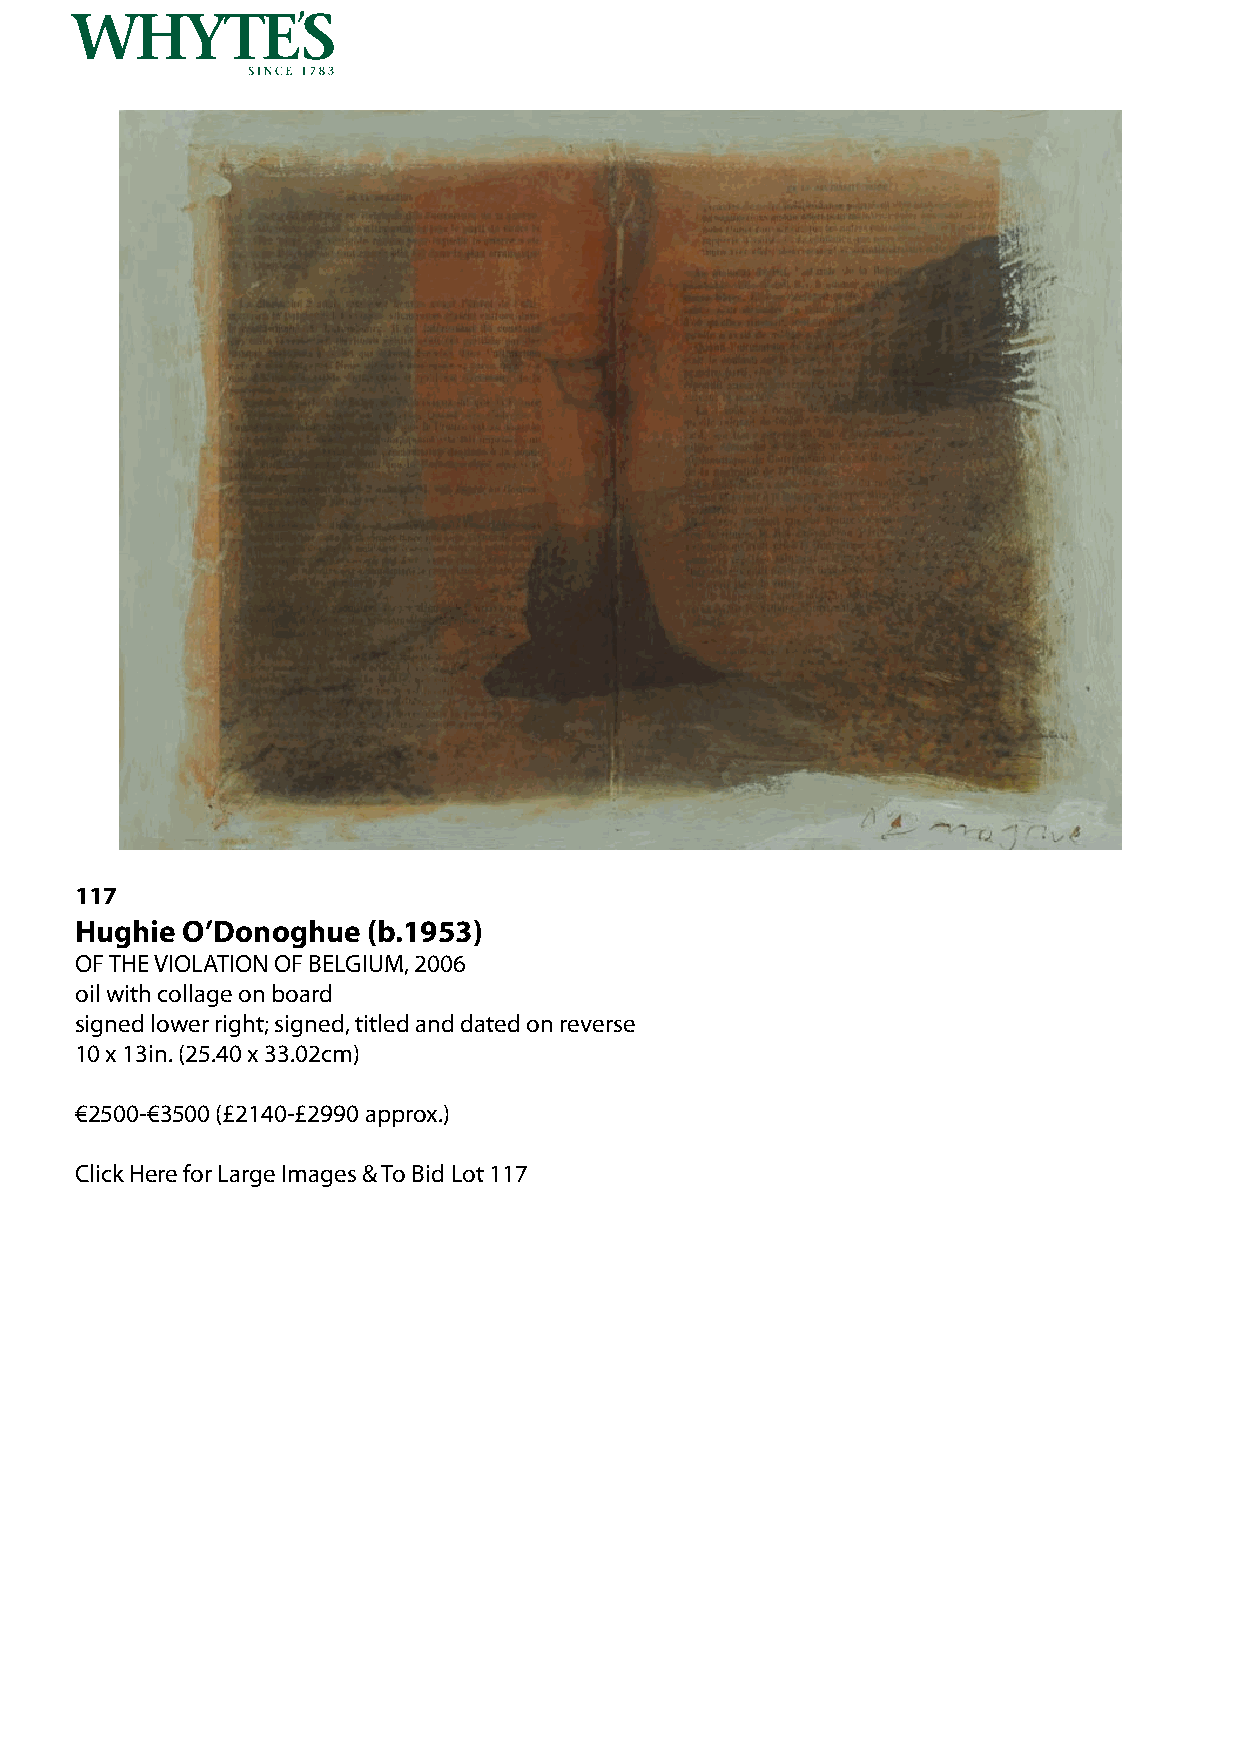
117
 Hughie O’Donoghue  (b.1953)
 OF THE VIOLATION OF BELGIUM, 2006
 oil with collage on board
 signed lower right; signed, titled and dated on reverse
 10 x 13in. (25.40 x 33.02cm)
 €2500-€3500 (£2140-£2990 approx.)
 Click Here for Large Images & To Bid Lot 117